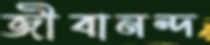
জীবানন্দ